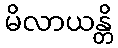
မိလာယန္တိ